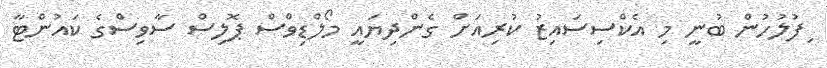
ިފުލުހުން ބުނީ މި އެކްސިސައިޒު ކުރިއަށް ގެންދިޔައީ މޯލްޑިވްސް ޕޮލިސް ސާވިސްގެ ކައުންޓާ